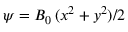
\psi = B _ { 0 } \, ( x ^ { 2 } + y ^ { 2 } ) / 2